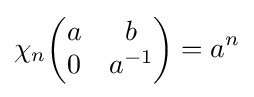
\chi _{n}{\begin{pmatrix}a&b\\0&a^{-1}\end{pmatrix}}=a^{n}